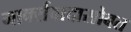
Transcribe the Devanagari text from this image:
मार्क्सवादासोबत